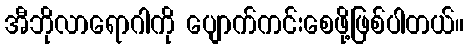
အီဘိုလာရောဂါကို ပျောက်ကင်းစေဖို့ဖြစ်ပါတယ်။